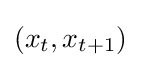
(x_{t},x_{t+1})